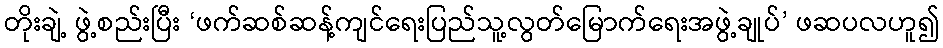
တိုးချဲ့ ဖွဲ့စည်းပြီး ‘ဖက်ဆစ်ဆန့်ကျင်ရေးပြည်သူ့လွတ်မြောက်ရေးအဖွဲ့ချုပ်’ ဖဆပလဟူ၍